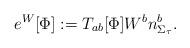
LaTeX: \begin{align*}e^W[\Phi]&:=T_{ab}[\Phi]W^b n_{\Sigma_\tau}^b.\end{align*}